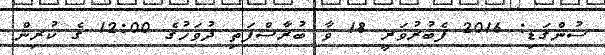
ސުންގަޑި: 2016 ފެބުރުވަރީ 18 ވާ ބުރާސްފަތި ދުވަހުގެ 12:00 ގެ ކުރިން